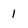
Character: 1